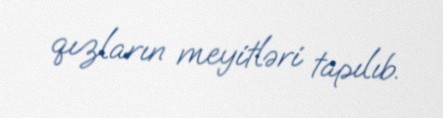
qızların meyitləri tapılıb.